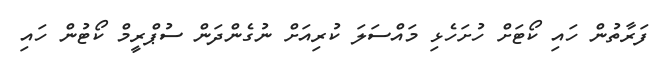
ފަރާތުން ހައި ކޯޓަށް ހުށަހެޅި މައްސަލަ ކުރިއަށް ނުގެންދަން ސުޕްރީމް ކޯޓުން ހައި